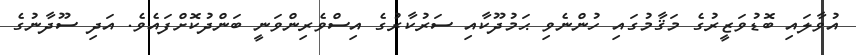
އުވާލައި ބޮޑުވަޒީރުގެ މަޤާމުގައި ހުންނެވި ޙަމުދޫކާއި ސަރުކާރުގެ އިސްވެރިންވަނީ ބަންދުކޮށްފައެވެ. އަދި ސޫދާނުގެ